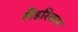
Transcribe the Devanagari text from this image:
लैंडस्किप